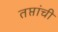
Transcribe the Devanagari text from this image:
तप्तांची